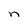
Character: n